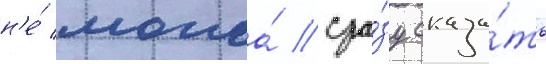
н'е́ могла́ сра́зу сказа́ть